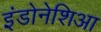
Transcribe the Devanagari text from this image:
इंडोनेशिआ